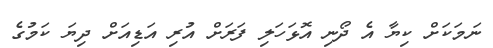
ނަމަކަށް ކިޔާ އެ ދޯނި އޮޅަހަލި ފަރަށް އުރި އަޑިއަށް ދިޔަ ކަމުގެ